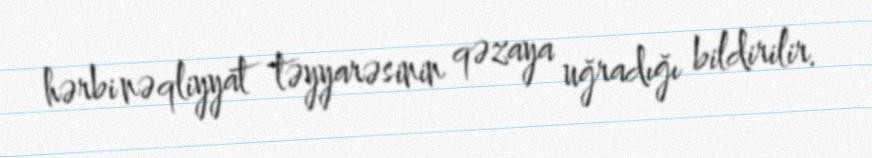
hərbi nəqliyyat təyyarəsinin qəzaya uğradığı bildirilir.